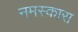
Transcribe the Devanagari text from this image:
नमस्कारा